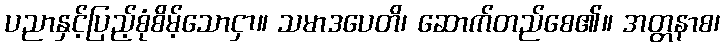
ပညာနှင့်ပြည့်စုံစိမ့်သောငှာ။ သမာဒပေတိ၊ ဆောက်တည်စေ၏။ အတ္တနာစ၊